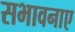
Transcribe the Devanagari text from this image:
सभावनाए